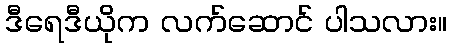
ဒီရေဒီယိုက လက်ဆောင် ပါသလား။